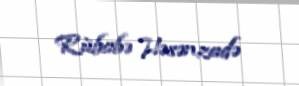
Rübabə Həsənzadə